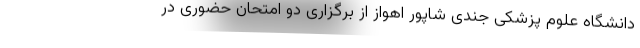
دانشگاه علوم پزشکی جندی شاپور اهواز از برگزاری دو امتحان حضوری در